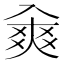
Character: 𠓷